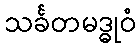
သင်္ခတမဒ္ဓုဝံ